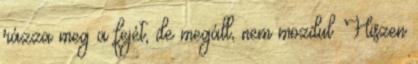
rázza meg a fejét, de megáll, nem mozdul. Hiszen